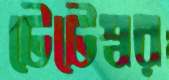
টেটেশ্বর